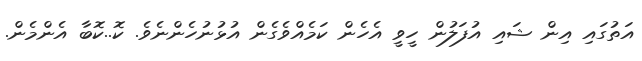
އަތުގައި އިން ޝައި އުފަލުން ހީވީ އެހެން ކަމެއްވެގެން އުޅުނުހެންނެވެ. ކޮ..ކޮބާ އެންމެން.